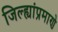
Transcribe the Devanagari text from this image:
जिल्ह्यांप्रमाणे